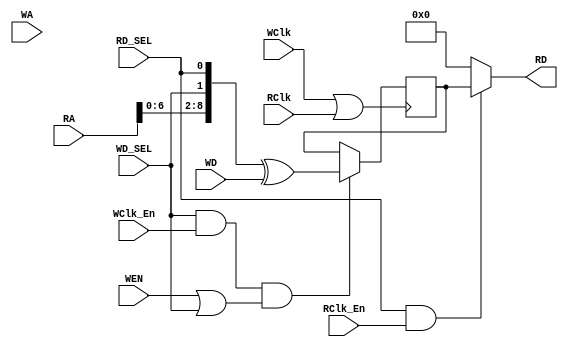
`ifdef r1024x9_1024x9
`else
`define r1024x9_1024x9
/************************************************************************
** Design Date: April 11 2006

** Created By SpDE Version: SpDE 2013.2 Release Build
** Copyright (C) 1998, Customers of QuickLogic may copy and modify this
** file for use in designing QuickLogic devices only.
** Description : This file is autogenerated RTL code that describes the
** top level design for RAM using QuickLogic's
** RAM block resources.
************************************************************************/
module r1024x9_1024x9 (WA,RA,WD,WD_SEL,RD_SEL,WClk,RClk,WClk_En,RClk_En,WEN,RD);


input [9:0] WA;
input [9:0] RA;
input WD_SEL,RD_SEL;
input WClk,RClk;
input WClk_En,RClk_En;
input [0:0] WEN;
input [8:0] WD;
output [8:0] RD;

reg [8:0] RAM9bit;
wire WEN01;
wire V_clk;

assign V_clk = WClk | RClk;
assign WEN01 = WEN | WD_SEL;
assign RD = ((RD_SEL == 1'b1 ) && (RClk_En == 1'b1)) ? RAM9bit : 16'b0;

always @(posedge V_clk)
begin
	if ((WD_SEL == 1'b1 ) && (WClk_En == 1'b1) && (WEN01 == 1'b1 ))
	RAM9bit <= {WA,RA,WD_SEL,RD_SEL} ^ WD;
end

endmodule
`endif


//module RAM_RW(WA,RA,WD,WD_SEL,RD_SEL,WClk,RClk,WClk_En,RClk_En,WEN,RD);